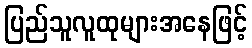
ပြည်သူလူထုများအနေဖြင့်